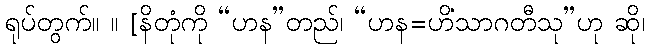
ရုပ်တွက်။ ။ [နိတုံကို “ဟန”တည်၊ “ဟန=ဟိံသာဂတီသု”ဟု ဆို၊